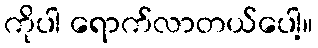
ကိုပါ ရောက်လာတယ်ပေါ့။